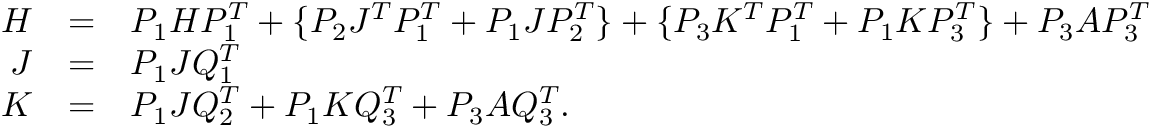
\begin{array} { r c l } { H } & { = } & { P _ { 1 } H P _ { 1 } ^ { T } + \{ P _ { 2 } J ^ { T } P _ { 1 } ^ { T } + P _ { 1 } J P _ { 2 } ^ { T } \} + \{ P _ { 3 } K ^ { T } P _ { 1 } ^ { T } + P _ { 1 } K P _ { 3 } ^ { T } \} + P _ { 3 } A P _ { 3 } ^ { T } } \\ { J } & { = } & { P _ { 1 } J Q _ { 1 } ^ { T } } \\ { K } & { = } & { P _ { 1 } J Q _ { 2 } ^ { T } + P _ { 1 } K Q _ { 3 } ^ { T } + P _ { 3 } A Q _ { 3 } ^ { T } . } \end{array}